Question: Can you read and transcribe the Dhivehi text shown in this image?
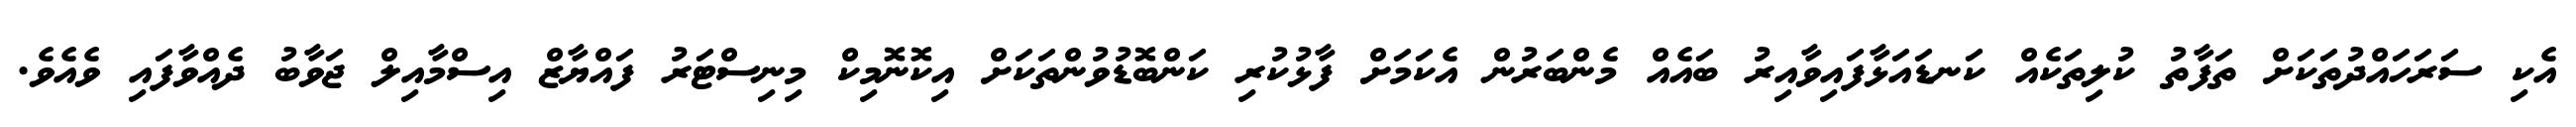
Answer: އެކި ސަރަހައްދުތަކަށް ތަފާތު ކުލިތަކެއް ކަނޑައަޅާފައިވާއިރު ބައެއް މެންބަރުން އެކަމަށް ފާޅުކުރި ކަންބޮޑުވުންތަކަށް އިކޮނޮމިކް މިނިސްޓަރު ފައްޔާޒް އިސްމާއިލް ޖަވާބު ދެއްވާފައި ވެއެވެ.